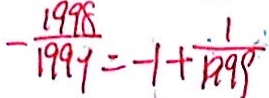
- \frac { 1 9 9 8 } { 1 9 9 9 } = - 1 + \frac { 1 } { 1 9 9 9 }